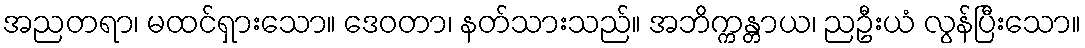
အညတရာ၊ မထင်ရှားသော။ ဒေဝတာ၊ နတ်သားသည်။ အဘိက္ကန္တာယ၊ ညဦးယံ လွန်ပြီးသော။